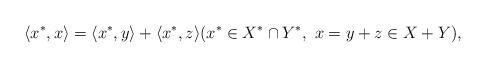
LaTeX: \begin{align*}\langle x^*,x\rangle = \langle x^*,y\rangle + \langle x^*,z\rangle (x^* \in X^*\cap Y^*, \ x=y+z \in X+Y),\end{align*}